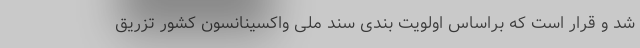
شد و قرار است که براساس اولویت بندی سند ملی واکسینانسون کشور تزریق